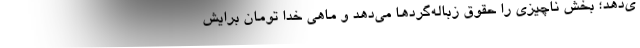
ی‌دهد؛ بخش ناچیزی را حقوق زباله‌گردها می‌دهد و ماهی خدا تومان برایش